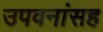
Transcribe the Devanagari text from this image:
उपवनांसह